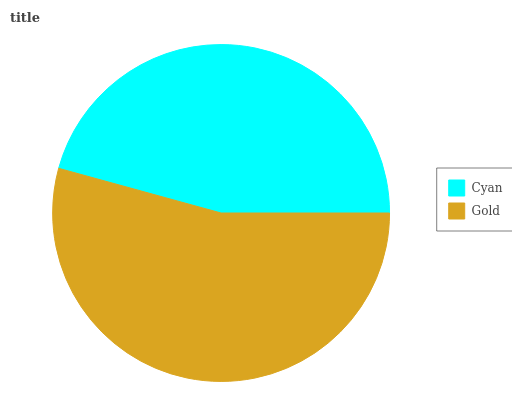
| Cyan | Gold |
 | --- | --- |
 | 45.7% | 54.3% |